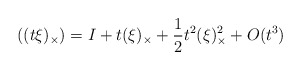
\begin{align*}\left( (t\xi)_\times \right)=I+t(\xi)_\times+\frac{1}{2}t^2 (\xi)_\times^2+O(t^3)\end{align*}